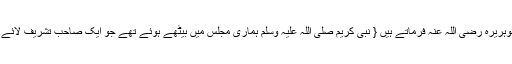
۱؎ (مسند احمد:85/2:صحیح) سیدنا ابوہریرہ رضی اللہ عنہ فرماتے ہیں { نبی کریم صلی اللہ علیہ وسلم ہماری مجلس میں بیٹھے ہوئے تھے جو ایک صاحب تشریف لائے اور پوچھنے لگے ایمان کیا چیز ہے ؟